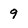
Character: 9